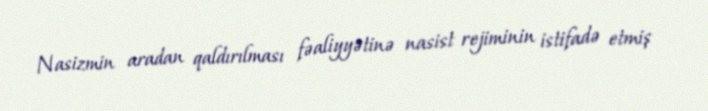
Nasizmin aradan qaldırılması fəaliyyətinə nasist rejiminin istifadə etmiş